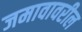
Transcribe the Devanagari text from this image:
जमावावरील